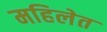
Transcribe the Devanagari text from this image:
महिलेत